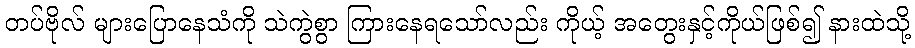
တပ်ဗိုလ် များပြောနေသံကို သဲကွဲစွာ ကြားနေရသော်လည်း ကိုယ့် အတွေးနှင့်ကိုယ်ဖြစ်၍ နားထဲသို့